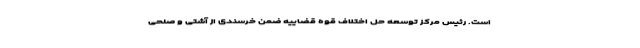
است. رئیس مرکز توسعه حل اختلاف قوه قضاییه ضمن خرسندی از آشتی و صلحی